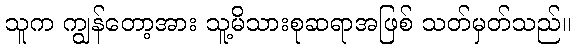
သူက ကျွန်တော့အား သူ့မိသားစုဆရာအဖြစ် သတ်မှတ်သည်။